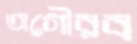
অগৌরব